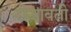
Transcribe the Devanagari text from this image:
राजावती